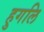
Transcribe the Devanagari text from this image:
हुगलि